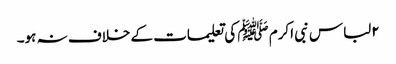
۲لباس نبی اکرم ﷺ کی تعلیمات کے خلاف نہ ہو۔